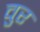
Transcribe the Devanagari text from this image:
वुर